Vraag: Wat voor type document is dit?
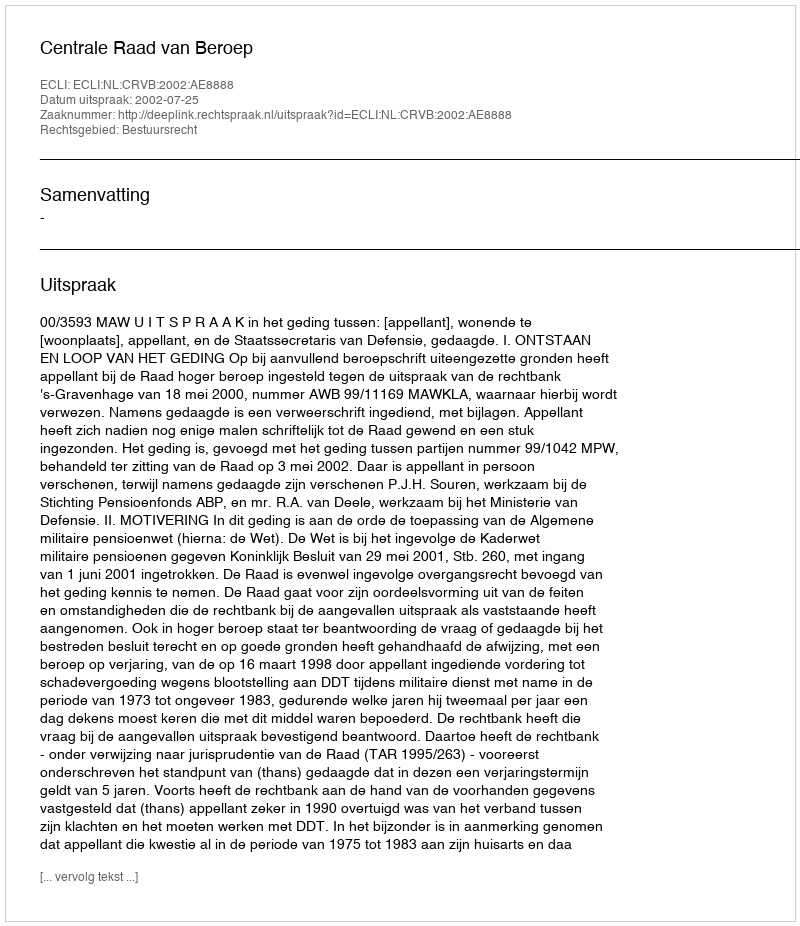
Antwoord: Uitspraak